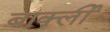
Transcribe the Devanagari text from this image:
बार्क्ली